Annual report of the Imperial Bacteriologist
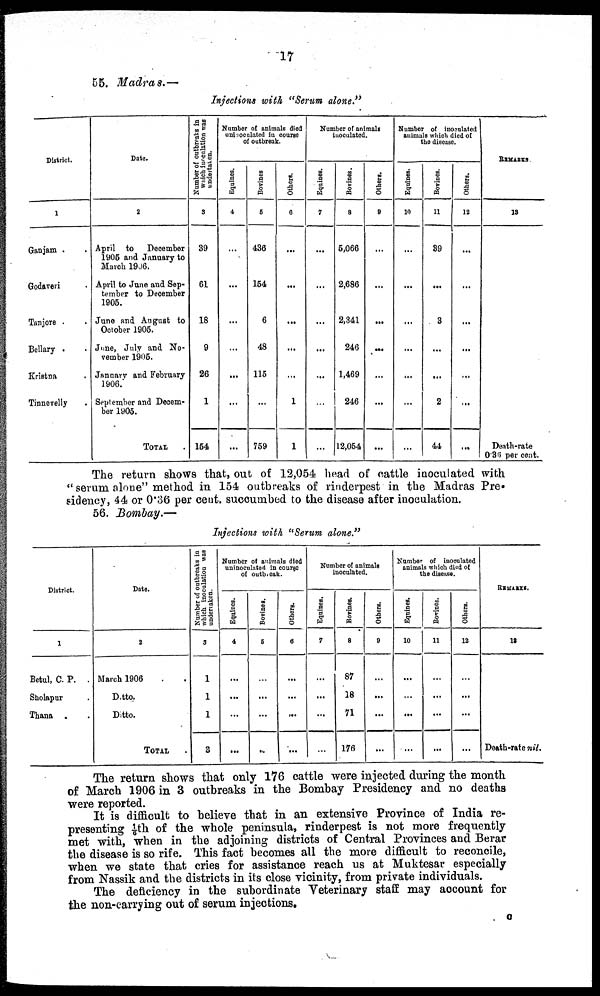
17
55. Madras.—
Injections with "Serum alone."
District.
1
Ganjam .
Godaveri
Tanjore .
Bellary .
Kristna
Tinnevelly
Date.
2
April to December
1905 and January to
March 1906.
April to June and Sep-
tember to December
1905.
June and August to
October 1905.
June, July and No-
vember 1905.
January and February
1906.
September and Decem-
ber 1905.
TOTAL
Number of outbreaks in
which
inoculation was
undertaken.
3
39
61
18
9
26
1
154
Number of animals died
uninoculated in course
of outbreak.
Equines.
4
...
...
...
...
...
...
...
Bovines
5
436
154
6
48
115
...
759
Others.
6
...
...
...
...
...
1
1
Number of animals
inoculated.
Equines.
7
...
...
...
...
...
...
...
Bovines.
8
5,066
2,686
2,341
246
1,469
246
12,054
Others.
9
...
...
...
...
...
...
...
Number of inoculated
animals which died of
the discase.
Eqnines.
10
...
...
...
...
...
...
...
Bovines.
11
39
...
3
...
...
2
44
Others.
12
...
...
...
...
...
...
...
REMARKS.
13
Death-rate
0.36 per cent.
The return shows that, out of 12,054 head of cattle inoculated with
" serum alone" method in 154 outbreaks of rinderpest in the Madras Pre-
sidency, 44 or 0.36 per cent. succumbed to the disease after inoculation.
56. Bombay.—
Injections with "Serum alone."
District.
1
Betul, C. P. .
Sholapur
Thana .
Date.
2
March 1906
Ditto.
Ditto.
TOTAL
Number of outbreaks in
which inoculation was
undertaken.
3
1
1
1
3
Number of animals died
uninoculated in course
of outbreak.
Equines.
4
...
...
...
Bovines.
5
...
...
...
Others.
6
...
...
...
...
Number of animals
inoculated.
Equines.
7
...
...
...
...
Bovines.
8
87
18
71
176
Others.
9
...
...
...
...
Number of inoculated
animals which died of
the disease.
Eqnines.
10
...
...
...
...
Bovines.
11
...
...
...
...
Others.
12
...
...
...
...
REMARKS.
13
Death-rate nil.
The return shows that only 176 cattle were injected during the month
of March 1906 in 3 outbreaks in the Bombay Presidency and no deaths
were reported.
It is difficult to believe that in an extensive Province of India re-
presenting 1/6th of the whole peninsula, rinderpest is not more frequently
met with, when in the adjoining districts of Central Provinces and Berar
the disease is so rife. This fact becomes all the more difficult to reconcile,
when we state that cries for assistance reach us at Muktesar especially
from Nassik and the districts in its close vicinity, from private individuals.
The deficiency in the subordinate Veterinary staff may account for
the non-carrying out of serum injections.
C